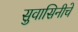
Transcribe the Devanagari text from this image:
सुवासिनीचे